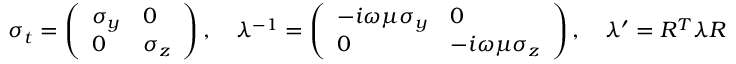
\sigma _ { t } = \left( \begin{array} { l l } { \sigma _ { y } } & { 0 } \\ { 0 } & { \sigma _ { z } } \end{array} \right) , \quad \lambda ^ { - 1 } = \left( \begin{array} { l l } { - i \omega \mu \sigma _ { y } } & { 0 } \\ { 0 } & { - i \omega \mu \sigma _ { z } } \end{array} \right) , \quad \lambda ^ { \prime } = R ^ { T } \lambda R